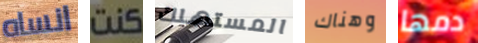
انساه كنت المستهلك وهناك دمها